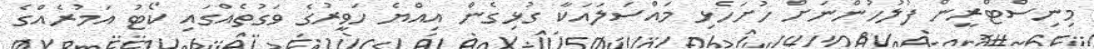
މިނިސްޓްރީން ފުލުހުންނަށް ހުށަހެޅި މައްސަލައަކާ ގުޅިގެން އިއްޔެ ހަވީރުގެ ވަގުތެއްގައި ކޯޓު އަމުރެއްގެ